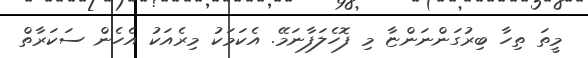
މީތަ ތިހާ ބިރުގަންނަންޏާ މި ފޮހެލަފާނަމޭ. އެކަމަކު މިރެއަކު އެހެން ސަކަރާތް